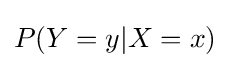
P(Y=y|X=x)